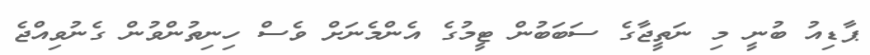
ޕާޑިއު ބުނީ މި ނަތީޖާގެ ސަބަބުން ޓީމުގެ އެންމެނަށް ވެސް ހިނިތުންވުން ގެނުވިއްޖެ